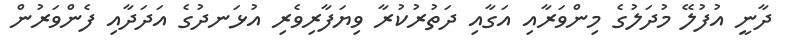
ދާނީ އުފުލޭ މުދަލުގެ މިންވަރާއި އަގާއި ދަތުރުކުރާ ވިޔަފާރިވެރި އުޅަނދުގެ އަދަދާއި ފެންވަރުން